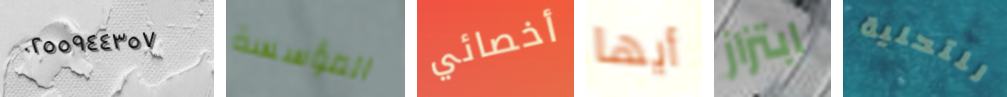
٠٢٥٥٩٤٤٣٥٧ المؤسسة أخصائي أيها ابتزاز للتحلية